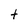
Character: t